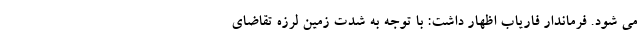
می شود. فرماندار فاریاب اظهار داشت: با توجه به شدت زمین لرزه تقاضای